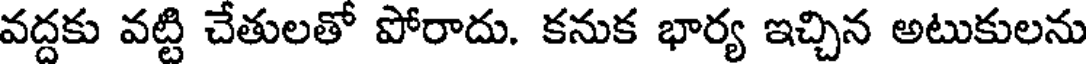
వద్దకు వట్టి చేతులతో పోరాదు. కనుక భార్య ఇచ్చిన అటుకులను